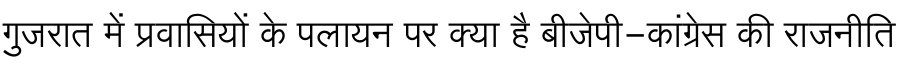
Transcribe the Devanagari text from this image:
गुजरात में प्रवासियों के पलायन पर क्या है बीजेपी-कांग्रेस की राजनीति